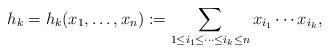
LaTeX: \begin{align*}h_k=h_k(x_1,\dots, x_n):= \sum_{1\leq i_1\leq \dots \leq i_k \leq n}x_{i_1}\cdots x_{i_k},\end{align*}